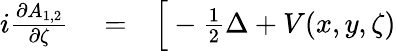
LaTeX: \begin{array}{rlr}{i\frac{\partial A_{1,2}}{\partial\zeta}}&{{}=}&{\Big[-\frac{1}{2}\Delta+V(x,y,\zeta)}\end{array}